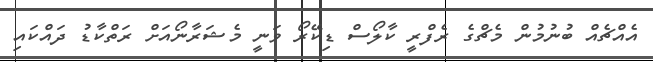
އެއްޗެއް ބުނުމުން މެޗްގެ ރެފްރީ ކާލޯސް ޑިކޭރޯ ވަނީ މެޝަރާނޯއަށް ރަތްކާޑު ދައްކައި